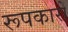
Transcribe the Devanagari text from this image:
रूपकारों